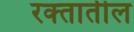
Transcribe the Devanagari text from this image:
रक्‍तातील